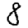
Digit: 8